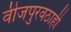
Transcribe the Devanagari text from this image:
वीजपुरवठाही